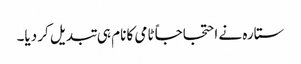
ستارہ نے احتجاجاً ٹامی کا نام ہی تبدیل کر دیا۔